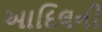
આદિલની